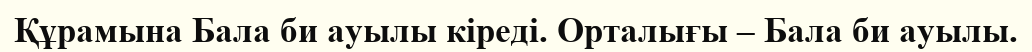
Құрамына Бала би ауылы кіреді. Орталығы – Бала би ауылы.